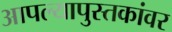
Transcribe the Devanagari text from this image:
आपल्यापुस्तकांवर